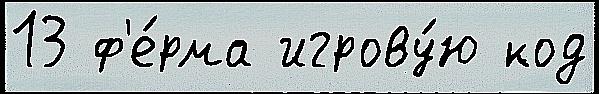
13 ф'е́рма игрову́ю код